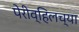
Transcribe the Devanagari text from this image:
पेरीव्हिलच्या